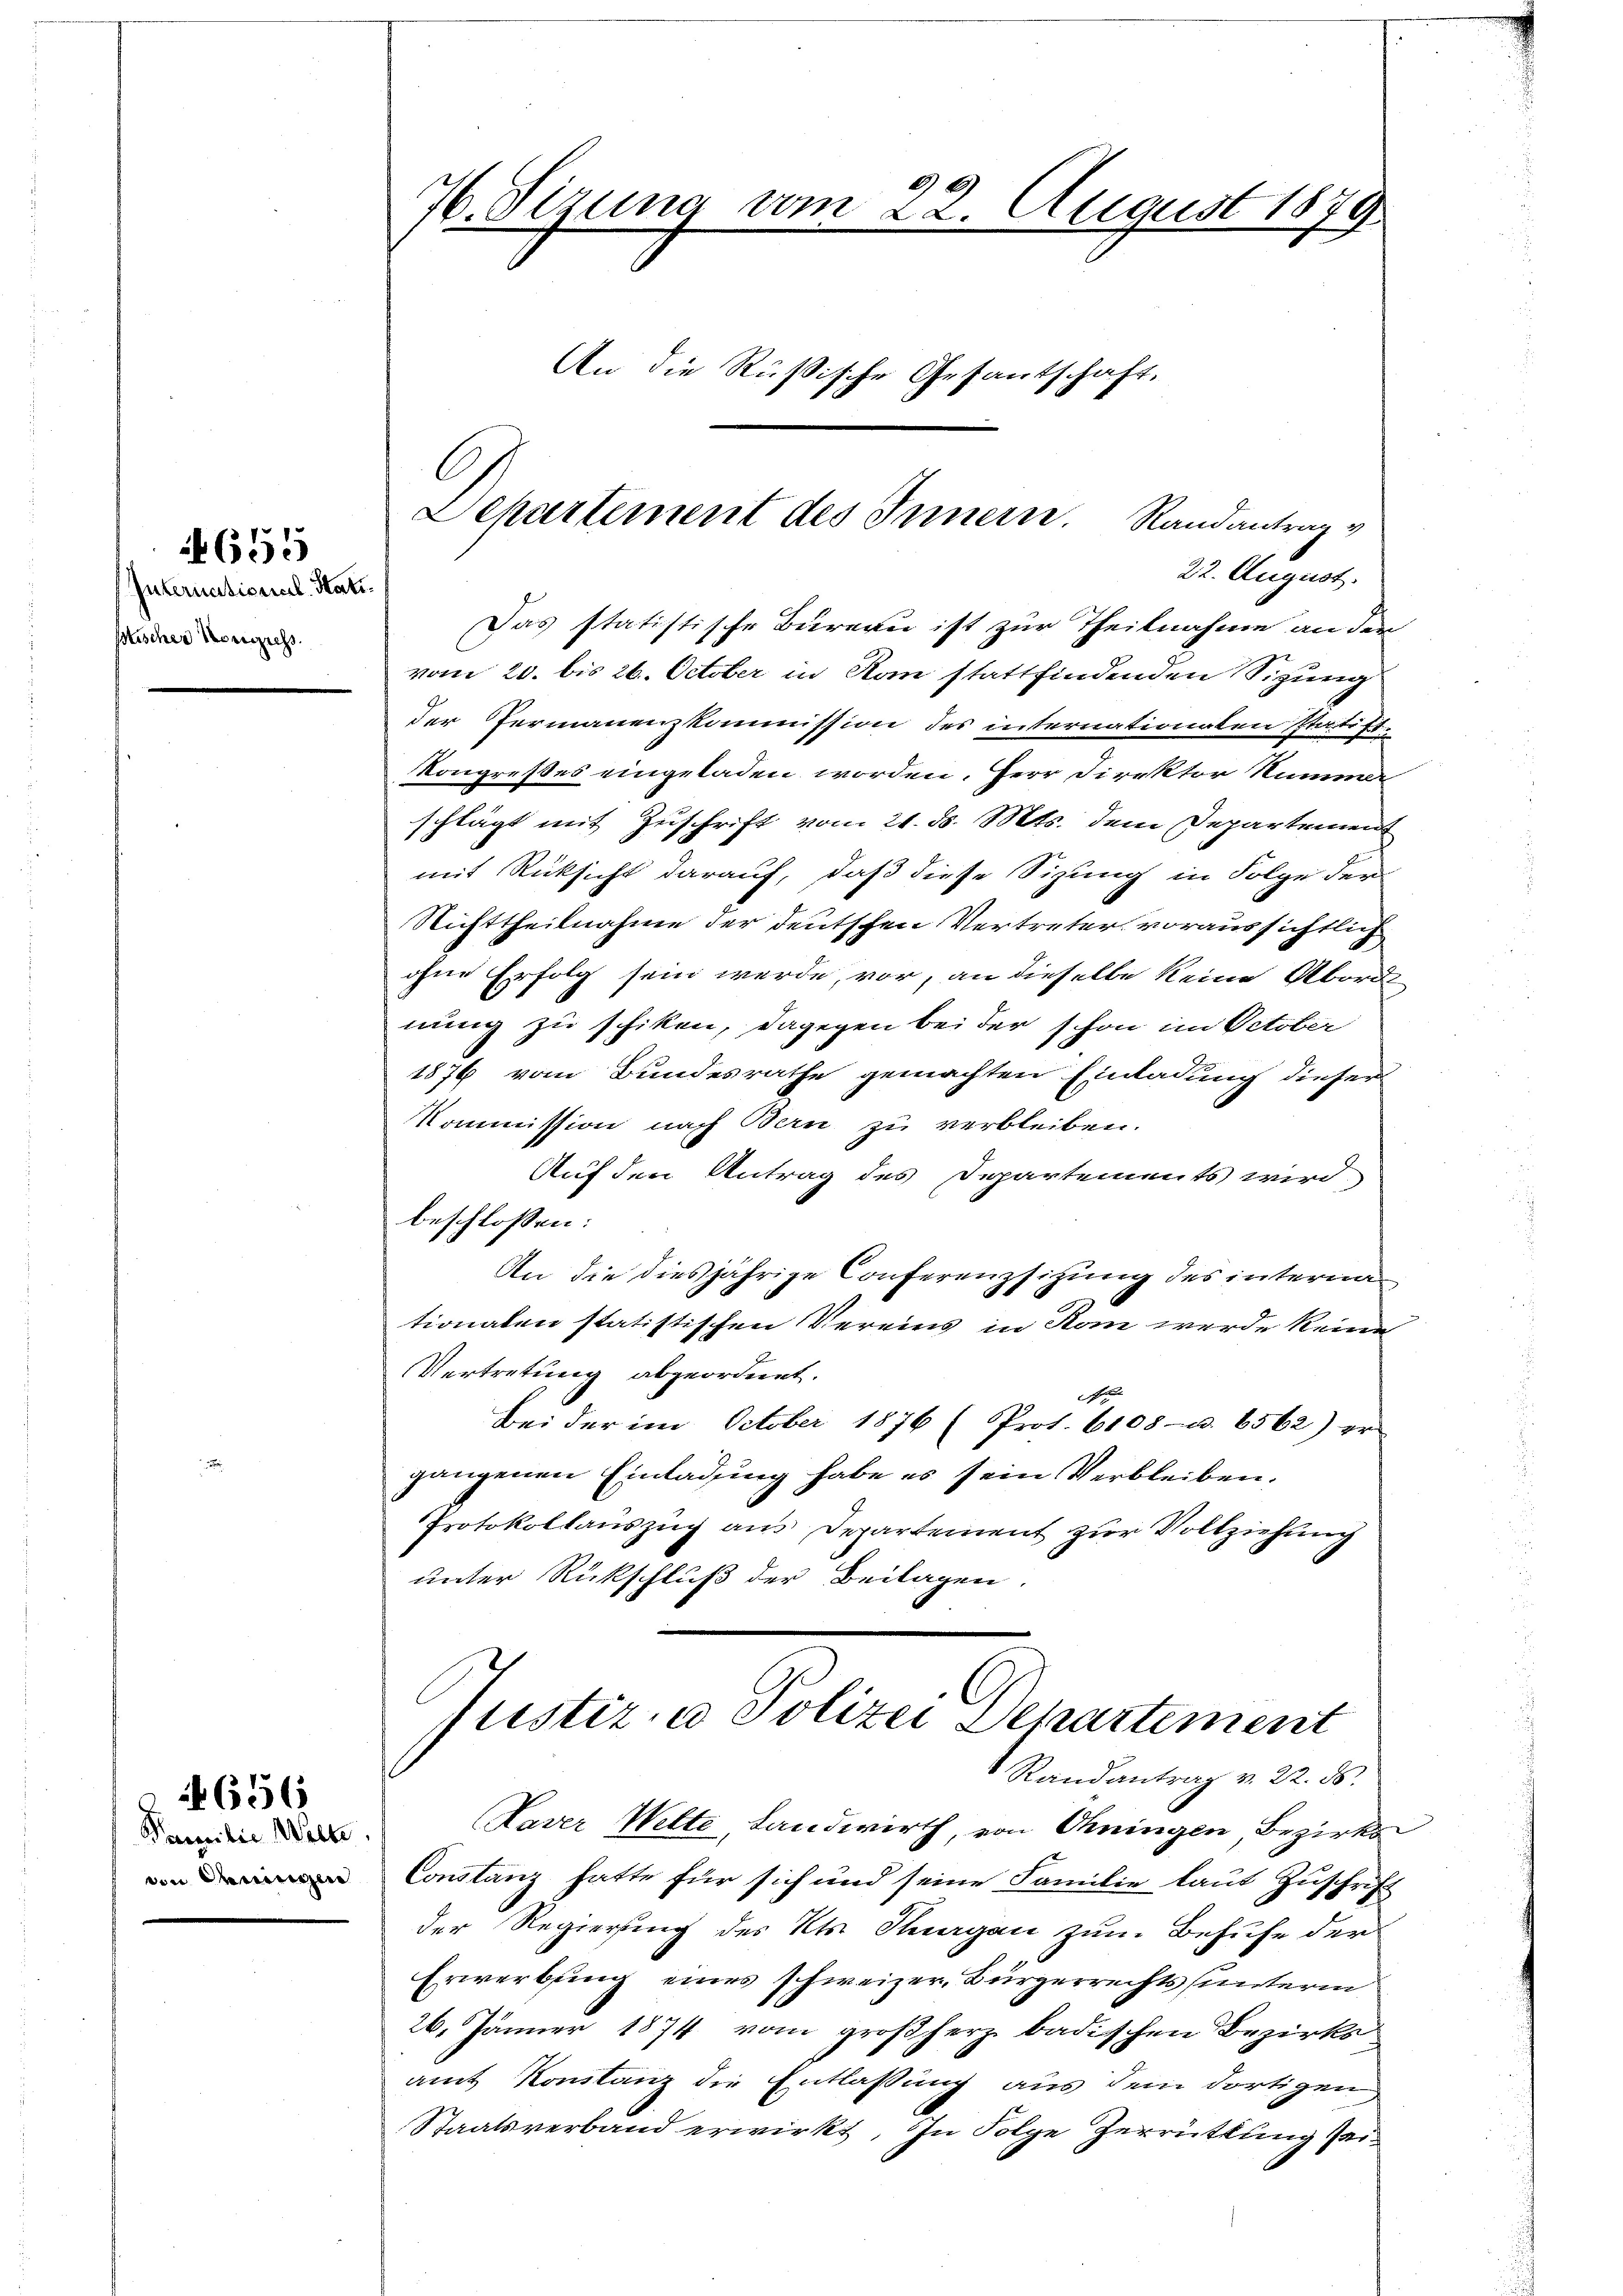
International-Statt.
stischer Konzieh

655

Pamilie Welte.
vn deningen

656

22. August.
Das statistische Bureau ist zur Theilnahme an der
vom 20. bis 26. October in Rom stattfindenden Sitzung
der Fermanenzkommission des internationen Statist.
Kongresses eingeladen worden. Herr Direktor Numme
schlägt mit Zuschrift vom 21. d. Mts. dem Departement
mit Rücksicht darauf, daß diese Sitzung in Folge der
Richttheilnahme der deutschen Vertreter voraussichtlich
ohne Erfolg sein werde, vor, an dieselbe keine Abord
nung zu schiken, dagegen bei der schon im October
1876 vom Bundesrathe gemachten Einladung dieser
Kommission nach Bern zu verbleiben.
Auf den Antrag des Departements wird
beschlossen:
An die diesjährige Conferenzsitzung des internationalen statistischen Vereins in Rom werde keine
Vertretung abgeordnet.
A
Bei der im October 1876 (Prot. 6108- u. 6562) er
gangenen Einladung habe es sein Verbleiben.
Protokollauszug aus Departement zur Vollziehung
unter Rückschluß der Beilagen

99
4. Sizung vom 22. August 1879

An die Rußische Gesantschaft.

.
Departement des Innern. Randantrag v

Justiz- u Polizei Departement
Randantrag v. 22. ds.

Haver Welte, Landwirth, von Ohningen, Bezirks¬
Constanz hatte für sich und seine Familie laut Zuschrift
der Regierung des Kts. Stuargau zum Behufe der
Erwerbung eines schweizer, Bürgerrechts unterin
26. Jänner 1874 vom großherz badischen Bezirks
amt Konslanz die Entlassung aus dem dortigen
Staatsverband erwirkt. In Folge Zerrüttung sei¬